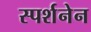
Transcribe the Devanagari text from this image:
स्पर्शनेन